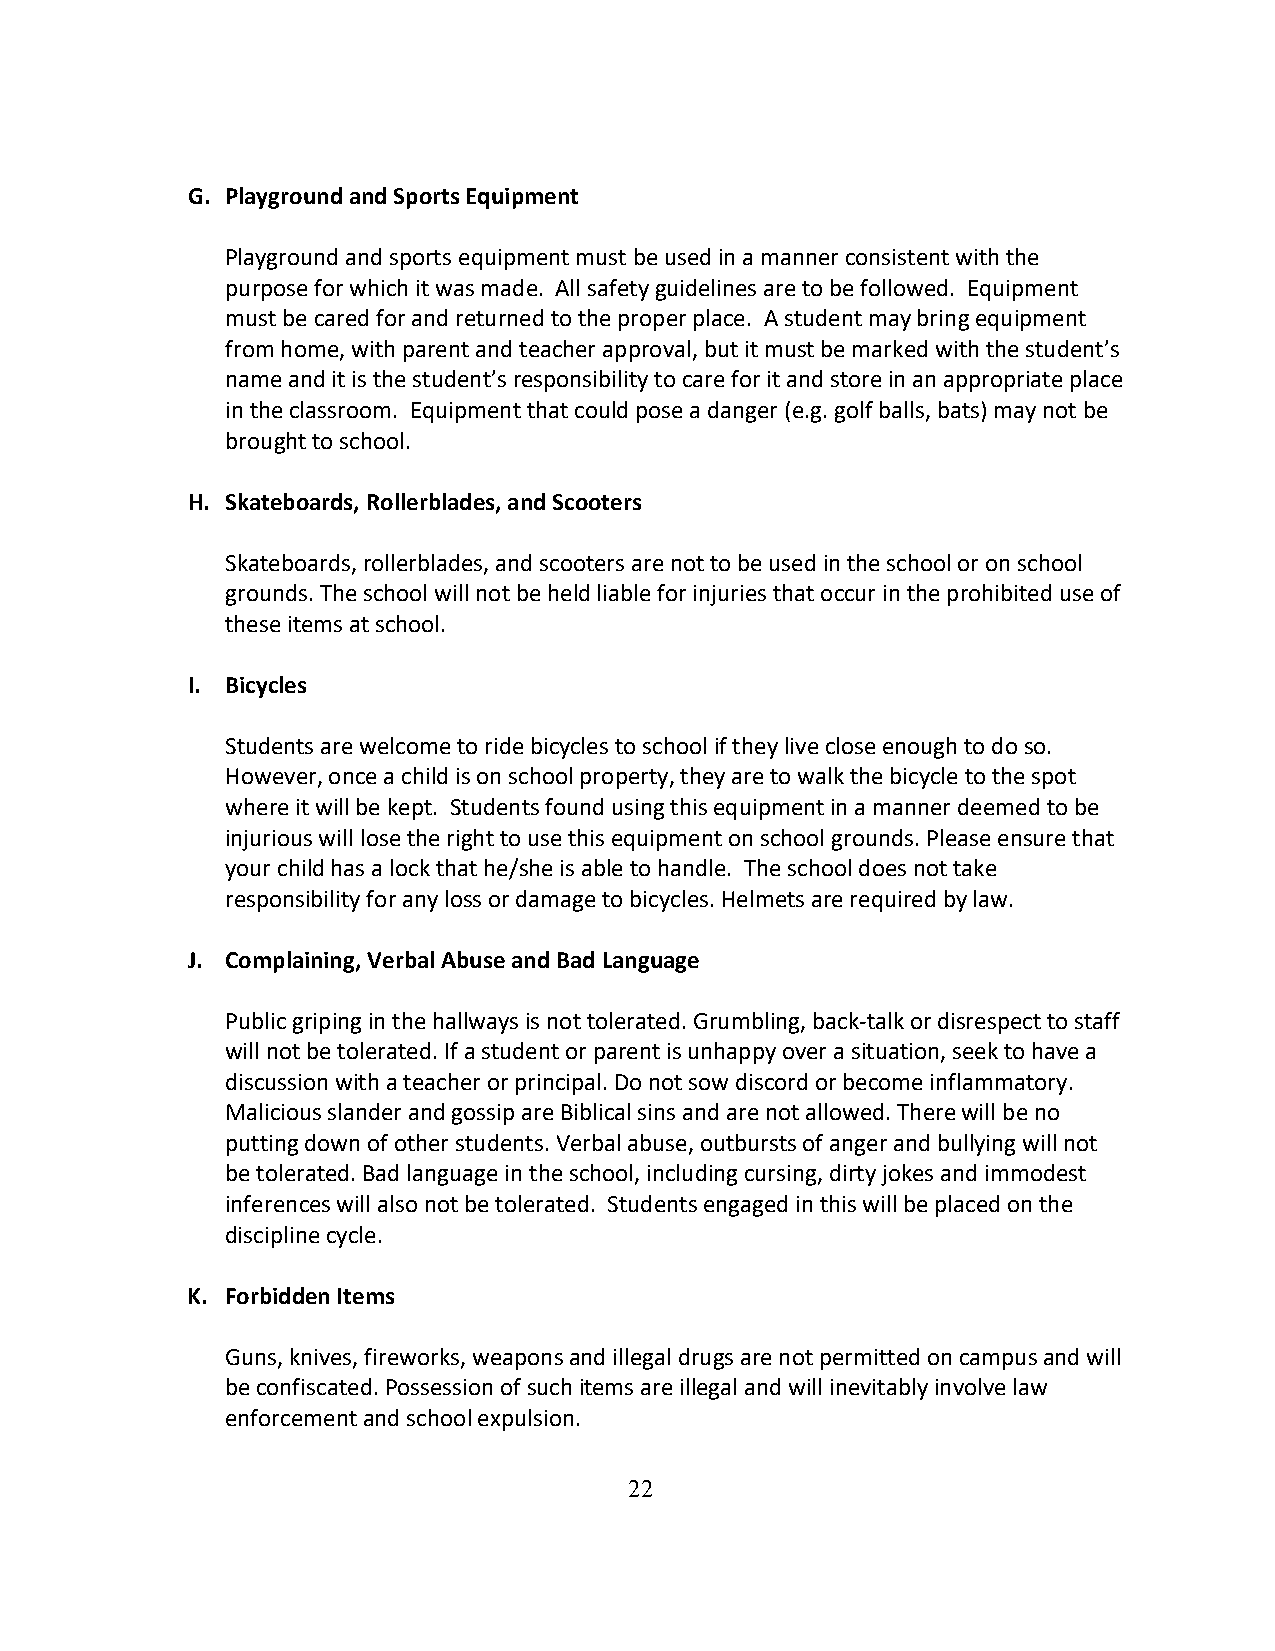
G. Playground and Sports Equipment
 Playground and sports equipment must be used in a manner consistent with the
 purpose for which it was made. All safety guidelines are to be followed. Equipment
 must be cared for and returned to the proper place. A student may bring equipment
 from home, with parent and teacher approval, but it must be marked with the student’s
 name and it is the student’s responsibility to care for it and store in an appropriate place
 in the classroom. Equipment that could pose a danger (e.g. golf balls, bats) may not be
 brought to school.
 H. Skateboards, Rollerblades, and Scooters
 Skateboards, rollerblades, and scooters are not to be used in the school or on school
 grounds. The school will not be held liable for injuries that occur in the prohibited use of
 these items at school.
 I. Bicycles
 Students are welcome to ride bicycles to school if they live close enough to do so.
 However, once a child is on school property, they are to walk the bicycle to the spot
 where it will be kept. Students found using this equipment in a manner deemed to be
 injurious will lose the right to use this equipment on school grounds. Please ensure that
 your child has a lock that he/she is able to handle. The school does not take
 responsibility for any loss or damage to bicycles. Helmets are required by law.
 J. Complaining, Verbal Abuse and Bad Language
 Public griping in the hallways is not tolerated. Grumbling, back-talk or disrespect to staff
 will not be tolerated. If a student or parent is unhappy over a situation, seek to have a
 discussion with a teacher or principal. Do not sow discord or become inflammatory.
 Malicious slander and gossip are Biblical sins and are not allowed. There will be no
 putting down of other students. Verbal abuse, outbursts of anger and bullying will not
 be tolerated. Bad language in the school, including cursing, dirty jokes and immodest
 inferences will also not be tolerated. Students engaged in this will be placed on the
 discipline cycle.
 K. Forbidden Items
 Guns, knives, fireworks, weapons and illegal drugs are not permitted on campus and will
 be confiscated. Possession of such items are illegal and will inevitably involve law
 enforcement and school expulsion.
 22